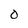
Character: 0